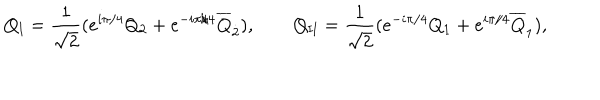
LaTeX: Q _ { \mathrm { I } } = \frac { 1 } { \sqrt { 2 } } ( e ^ { i \pi / 4 } Q _ { 2 } + e ^ { - i \pi / 4 } \overline { { { Q } } } _ { \dot { 2 } } ) , \qquad Q _ { \mathrm { I I } } = \frac { 1 } { \sqrt { 2 } } ( e ^ { - i \pi / 4 } Q _ { 1 } + e ^ { i \pi / 4 } \overline { { { Q } } } _ { \dot { 1 } } ) ,